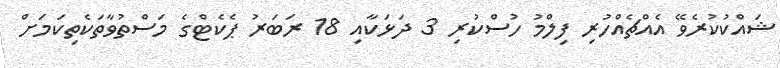
ޝައްކުކުރެވޭ އެއްޗެއްހުރި ފިލްމު ހުސްކުރި 3 ދަޅަކާއި 18 ރަބަރު ޕެކެޓްގެ މަސްތުވާތަކެތިކަމަށް